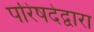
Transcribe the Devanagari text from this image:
परिषदेद्वारा